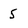
Character: 5